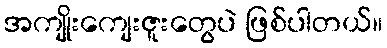
အကျိုးကျေးဇူးတွေပဲ ဖြစ်ပါတယ်။